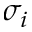
\sigma _ { i }